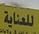
للعناية